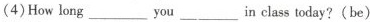
(4)How long ___ you ___ in class today? (be)